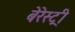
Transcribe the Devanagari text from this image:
बेरेस्ट्री